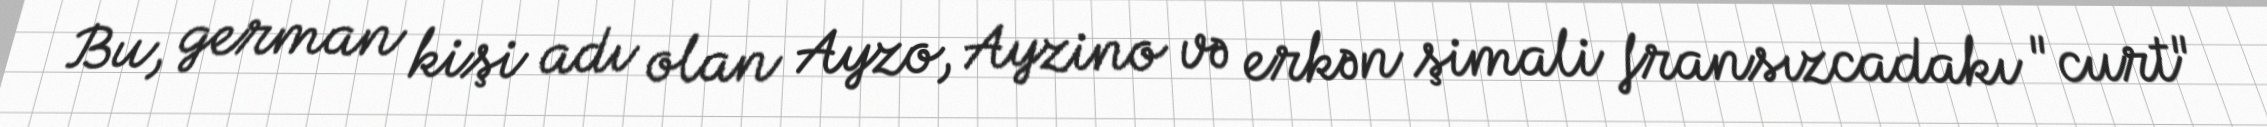
Bu, german kişi adı olan Ayzo, Ayzino və erkən şimali fransızcadakı "curt"